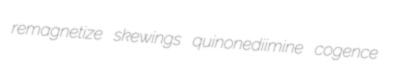
remagnetize skewings quinonediimine cogence